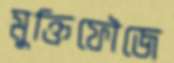
মুক্তিফৌজে